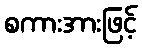
စကားအားဖြင့်